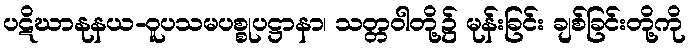
ပဋိဃာနုနယ-ဝူပသမပစ္စုပဋ္ဌာနာ၊ သတ္တဝါတို့၌ မုန်းခြင်း ချစ်ခြင်းတို့ကို